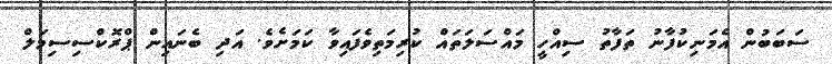
ސަބަބުން އެމަނިކުފާނު ތަފާތު ސިއްހީ މައްސަލަތައް ކުރިމަތިވެފައިވާ ކަމަށެވެ. އަދި ބެނައިން ޕްރޮކްސިސިމަލް